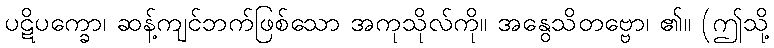
ပဋိပက္ခော၊ ဆန့်ကျင်ဘက်ဖြစ်သော အကုသိုလ်ကို။ အနွေသိတဗ္ဗော၊ ၏။ (ဤသို့